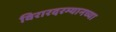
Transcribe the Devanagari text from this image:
विरारदरम्यानच्या